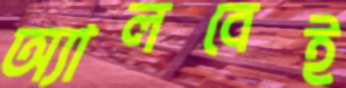
অ্যালবেই